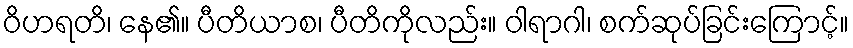
ဝိဟရတိ၊ နေ၏။ ပီတိယာစ၊ ပီတိကိုလည်း။ ဝါရာဂါ၊ စက်ဆုပ်ခြင်းကြောင့်။